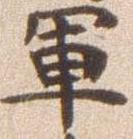
軍